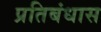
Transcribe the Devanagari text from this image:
प्रतिबंधास